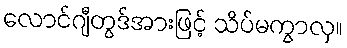
လောင်ဂျီတွဒ်အားဖြင့် သိပ်မကွာလှ။